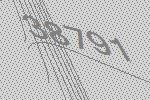
38791